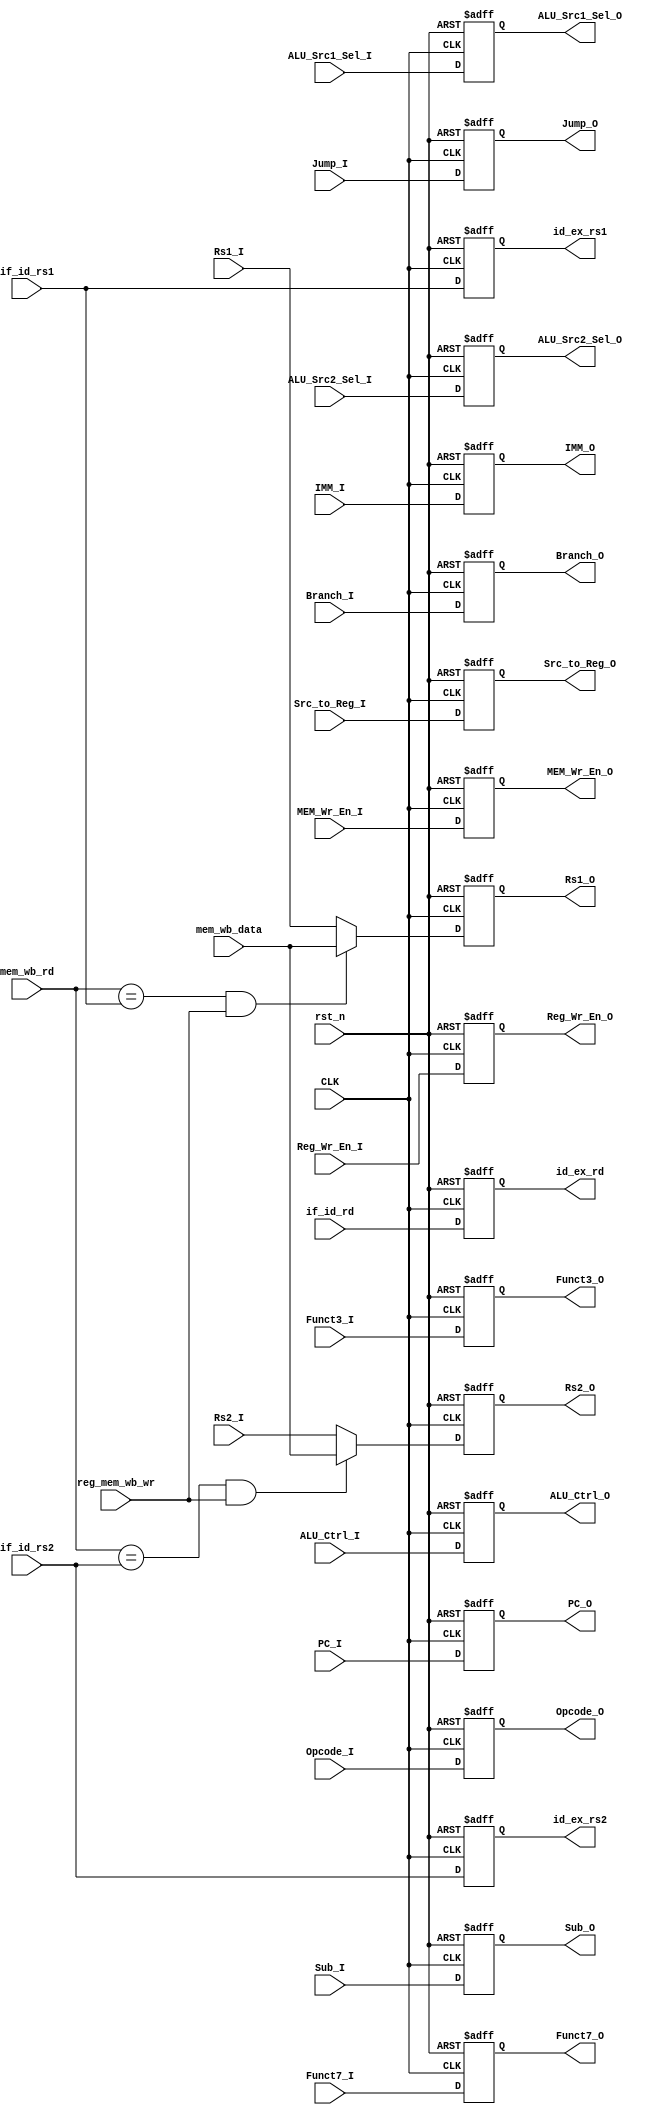
module ID_EX_REG #(
	parameter IMM_GEN = 32,
	parameter XLEN    = 32
)
(
	////////////////////////// INPUT //////////////////////
	input wire 				 CLK,
	input wire          	 rst_n,
	// PC src
	input wire [31:0] 		 PC_I,
	input wire [6:0]         Opcode_I,
	input wire               Branch_I,
	input wire               Jump_I,
	// IMM src
	input wire [IMM_GEN-1:0] IMM_I,
	// ALU Function Decision
	input wire [2:0]         Funct3_I,
	input wire [6:0]         Funct7_I,
	// RegFiles srcs
	input wire [XLEN-1:0]    Rs1_I,
	input wire [XLEN-1:0]    Rs2_I,
	input wire [XLEN-1:0]    mem_wb_data,
	input wire [1:0]		 Src_to_Reg_I,
	input wire  		     Reg_Wr_En_I,
	input wire [4:0]       	 if_id_rs1,
	input wire [4:0]      	 if_id_rs2,
	input wire [4:0]      	 if_id_rd,
	input wire [4:0]         mem_wb_rd,
	input wire               reg_mem_wb_wr,
	// ALU srcs
	input wire       		 Sub_I,
	input wire 		 		 ALU_Src1_Sel_I,
	input wire 		 		 ALU_Src2_Sel_I,
	input wire [2:0]         ALU_Ctrl_I,
	// Memory srcs
	input wire 		         MEM_Wr_En_I,
	////////////////////////// OUTPUT //////////////////////
	// PC src
	output reg [31:0] 		 PC_O,
	output reg [6:0]         Opcode_O,
	output reg        		 Branch_O,
	output reg               Jump_O,
	// IMM src
	output reg [IMM_GEN-1:0] IMM_O,
	// ALU Function Decision
	output reg [2:0]         Funct3_O,
	output reg [6:0]         Funct7_O,
	// RegFiles srcs
	output reg [XLEN-1:0]    Rs1_O,
	output reg [XLEN-1:0]    Rs2_O,
	output reg               Sub_O,
	output reg [1:0]		 Src_to_Reg_O,
	output reg  		     Reg_Wr_En_O,
	output reg [4:0]         id_ex_rs1,
	output reg [4:0]         id_ex_rs2,
	output reg [4:0]         id_ex_rd,
	// ALU srcs
	output reg 		 		 ALU_Src1_Sel_O,
	output reg 		 		 ALU_Src2_Sel_O,
	output reg [2:0]         ALU_Ctrl_O,
	// Memory srcs
	output reg 		 		 MEM_Wr_En_O
);

reg [XLEN-1:0] passed_rs1;
reg [XLEN-1:0] passed_rs2;

always @(posedge CLK,negedge rst_n) begin
	
	if (!rst_n) begin
		PC_O 		    <= 'b0;
		Branch_O 	    <= 1'b0;
		Jump_O          <= 1'b0;
		IMM_O 		    <= 'b0;
		Opcode_O        <= 7'b0;
		Funct3_O        <= 'b0;
		Funct7_O        <= 7'b0;
		Src_to_Reg_O    <= 2'b0;
		Reg_Wr_En_O     <= 1'b0;
		id_ex_rs1       <= 'b0;
		id_ex_rs2 	    <= 'b0;
		id_ex_rd 	    <= 'b0;
		ALU_Src1_Sel_O  <= 1'b0;
		ALU_Src2_Sel_O  <= 1'b0;
		ALU_Ctrl_O      <= 3'b0;
		Sub_O        	<= 1'b0;
		MEM_Wr_En_O     <= 1'b0;
		Rs1_O           <= 32'b0;
		Rs2_O           <= 32'b0;
	end
	else begin
		PC_O 		    <= PC_I;
		Branch_O 	    <= Branch_I;
		Jump_O          <= Jump_I;
		Opcode_O        <= Opcode_I;
		IMM_O 		    <= IMM_I;
		Funct3_O        <= Funct3_I;
		Funct7_O 		<= Funct7_I;
		Src_to_Reg_O    <= Src_to_Reg_I;
		Reg_Wr_En_O     <= Reg_Wr_En_I;
		id_ex_rs1       <= if_id_rs1;
		id_ex_rs2 	    <= if_id_rs2;
		id_ex_rd 	    <= if_id_rd;
		ALU_Src1_Sel_O  <= ALU_Src1_Sel_I;
		ALU_Src2_Sel_O  <= ALU_Src2_Sel_I;
		ALU_Ctrl_O      <= ALU_Ctrl_I;
		Sub_O        	<= Sub_I;
		Rs1_O           <= passed_rs1;
		Rs2_O           <= passed_rs2;
		MEM_Wr_En_O     <= MEM_Wr_En_I;
		Src_to_Reg_O    <= Src_to_Reg_I;
	end

end

always @(*) begin
	if ((mem_wb_rd == if_id_rs1) && reg_mem_wb_wr) begin
		passed_rs1 = mem_wb_data;
	end
	else begin
		passed_rs1 = Rs1_I;
	end
end
always @(*) begin
	if ((mem_wb_rd == if_id_rs2) && reg_mem_wb_wr) begin
		passed_rs2 = mem_wb_data;
	end
	else begin
		passed_rs2 = Rs2_I;
	end
end

endmodule